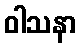
ဝါသနာ